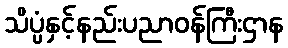
သိပ္ပံနှင့်နည်းပညာဝန်ကြီးဌာန